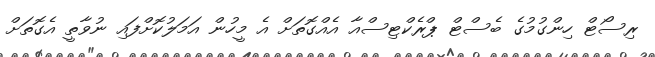
ރިސޯޓް ހިންގުމުގެ ބެސްޓް ޕްރެކްޓިސްއާ އެއްގޮތަށް އެ މީހުން އަމަލުކޮށްފައި ނުވާތީ އެގޮތަށް